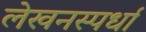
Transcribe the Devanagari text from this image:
लेखनस्पर्धा